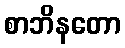
စာဘိနတော